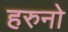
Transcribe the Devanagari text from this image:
हरुनो